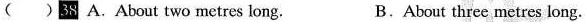
( )38 A. About two metres long. B. About three metres long.